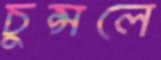
চুপ্‌সলে